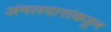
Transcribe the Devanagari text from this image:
अंमलदारांकडून